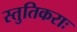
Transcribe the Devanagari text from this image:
स्तुतिकराः